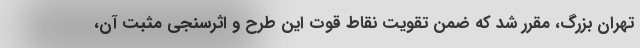
تهران بزرگ، مقرر شد که ضمن تقویت نقاط قوت این طرح و اثرسنجی مثبت آن،